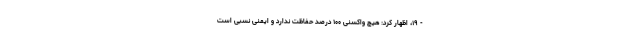
- ۱۹، اظهار کرد: هیچ واکسنی ۱۰۰ درصد حفاظت ندارد و ایمنی نسبی است